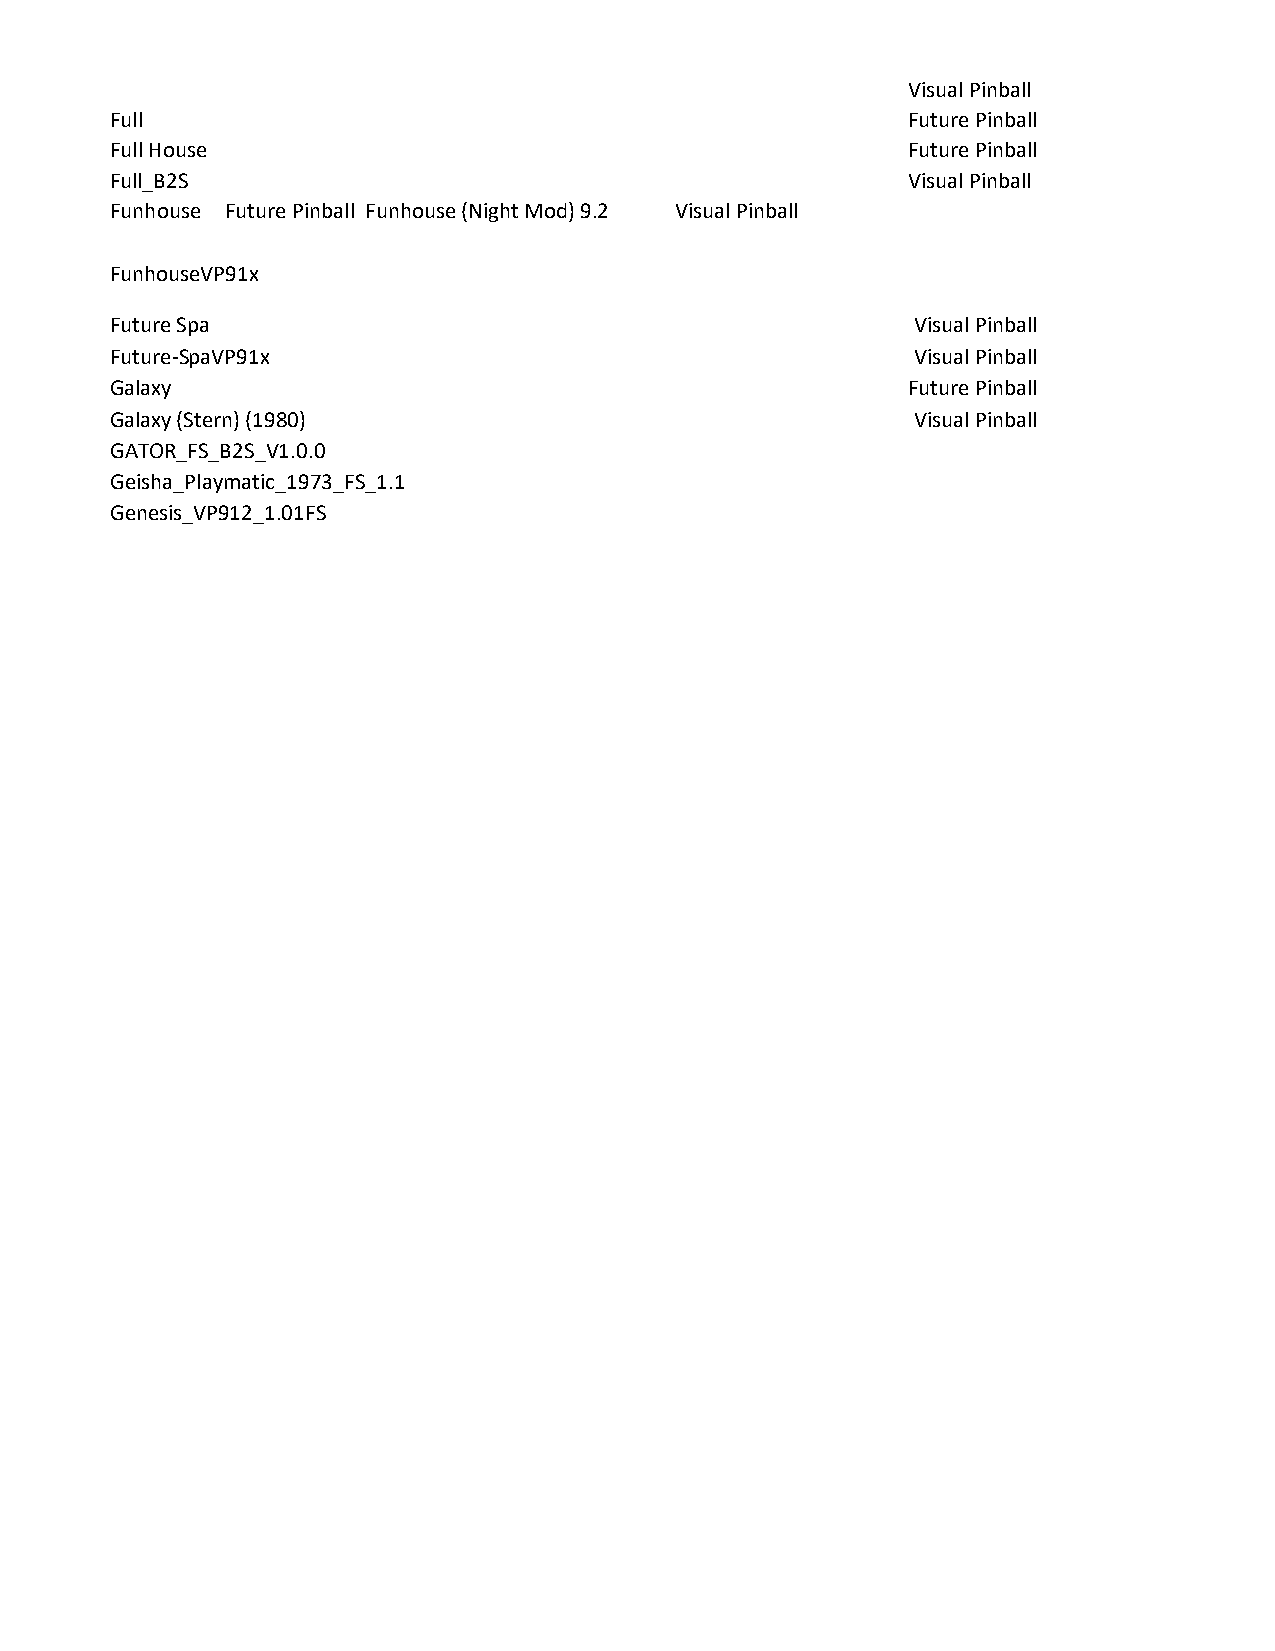
Visual Pinball
 Full                                                 Future Pinball
 Full House                                           Future Pinball
 Full_B2S                                             Visual Pinball
 Funhouse Future Pinball Funhouse (Night Mod) 9.2 Visual Pinball
 FunhouseVP91x
 Future Spa                                            Visual Pinball
 Future-SpaVP91x                                       Visual Pinball
 Galaxy                                               Future Pinball
 Galaxy (Stern) (1980)                                 Visual Pinball
 GATOR_FS_B2S_V1.0.0
 Geisha_Playmatic_1973_FS_1.1
 Genesis_VP912_1.01FS